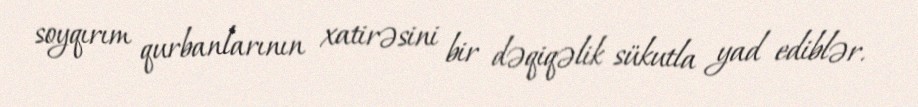
soyqırım qurbanlarının xatirəsini bir dəqiqəlik sükutla yad ediblər.